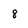
Character: 8